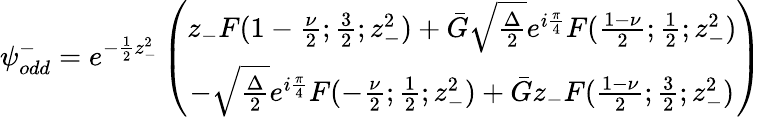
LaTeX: {\psi}_{odd}^{-}=e^{-\frac{1}{2}z_{-}^{2}}\left(\begin{array}{c}{{z_{-}F(1-\frac{\nu}{2};\frac{3}{2};z_{-}^{2})+\bar{G}\sqrt{\frac{\Delta}{2}}e^{i\frac{\pi}{4}}F(\frac{1-\nu}{2};\frac{1}{2};z_{-}^{2})}}\\ {{-\sqrt{\frac{\Delta}{2}}e^{i\frac{\pi}{4}}F(-\frac{\nu}{2};\frac{1}{2};z_{-}^{2})+\bar{G}z_{-}F(\frac{1-\nu}{2};\frac{3}{2};z_{-}^{2})}}\end{array}\right)